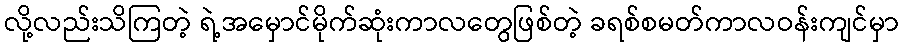
လို့လည်းသိကြတဲ့ ရဲ့အမှောင်မိုက်ဆုံးကာလတွေဖြစ်တဲ့ ခရစ်စမတ်ကာလဝန်းကျင်မှာ